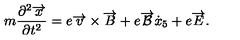
m \frac { \partial ^ { 2 } \overrightarrow { x } } { \partial t ^ { 2 } } = e \overrightarrow { v } \times \overrightarrow { B } + e \overrightarrow { { \cal { B } } } \dot { x } _ { 5 } + e \overrightarrow { E } .